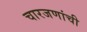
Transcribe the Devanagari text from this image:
चारजणांची